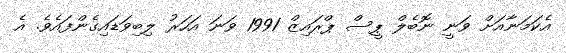
އެކަމަނާއަށް ވަނީ ނޮބެލް ޕީސް ޕްރައިޒް 1991 ވަނަ އަހަރު ލިބިވަޑައިގެންފައެވެ. އެ